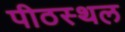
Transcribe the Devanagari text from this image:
पीठस्थल